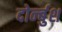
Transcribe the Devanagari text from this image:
दोर्न्बुश